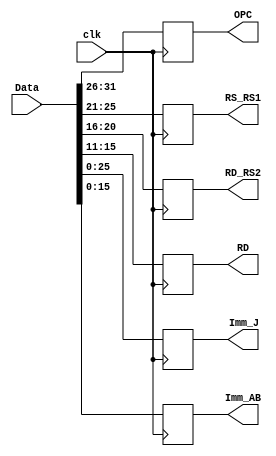
`timescale 1ns / 1ps

module InstructionRegister(
    output reg[5:0] OPC,
    output reg[4:0] RS_RS1,
    output reg[4:0] RD_RS2,
    output reg[4:0] RD,
    output reg[25:0] Imm_J,     // immediate value for jump
    output reg[15:0] Imm_AB,    // immediate value for ALU or branch
    input [31:0] Data,
    input clk
    );
    always@(posedge clk)
    begin
        OPC <= Data[31:26];
        RS_RS1 <= Data[25:21];
        RD_RS2 <= Data[20:16];
        RD <= Data[15:11];
        Imm_J <= Data[25:0];
        Imm_AB <= Data[15:0];
    end
endmodule